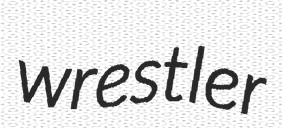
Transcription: wrestler